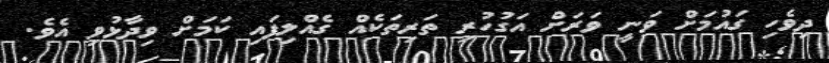
ދިވެހި ގައުމަށް ވަނީ ވަރަށް އަގުހުރި ތަރިތަކެއް ގެއްލިފައި ކަމަށް ވިދާޅުވި އެވެ.